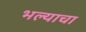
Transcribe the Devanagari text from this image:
भल्याचा